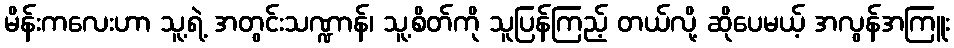
မိန်းကလေးဟာ သူ့ရဲ့ အတွင်းသဏ္ဍာန်၊ သူ့စိတ်ကို သူပြန်ကြည့် တယ်လို့ ဆိုပေမယ့် အလွန်အကြူး